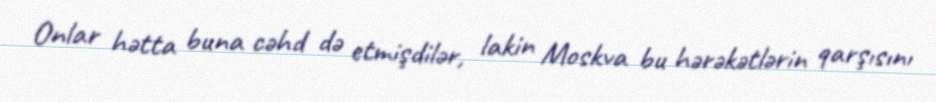
Onlar hətta buna cəhd də etmişdilər, lakin Moskva bu hərəkətlərin qarşısını